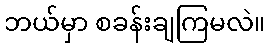
ဘယ်မှာ စခန်းချကြမလဲ။